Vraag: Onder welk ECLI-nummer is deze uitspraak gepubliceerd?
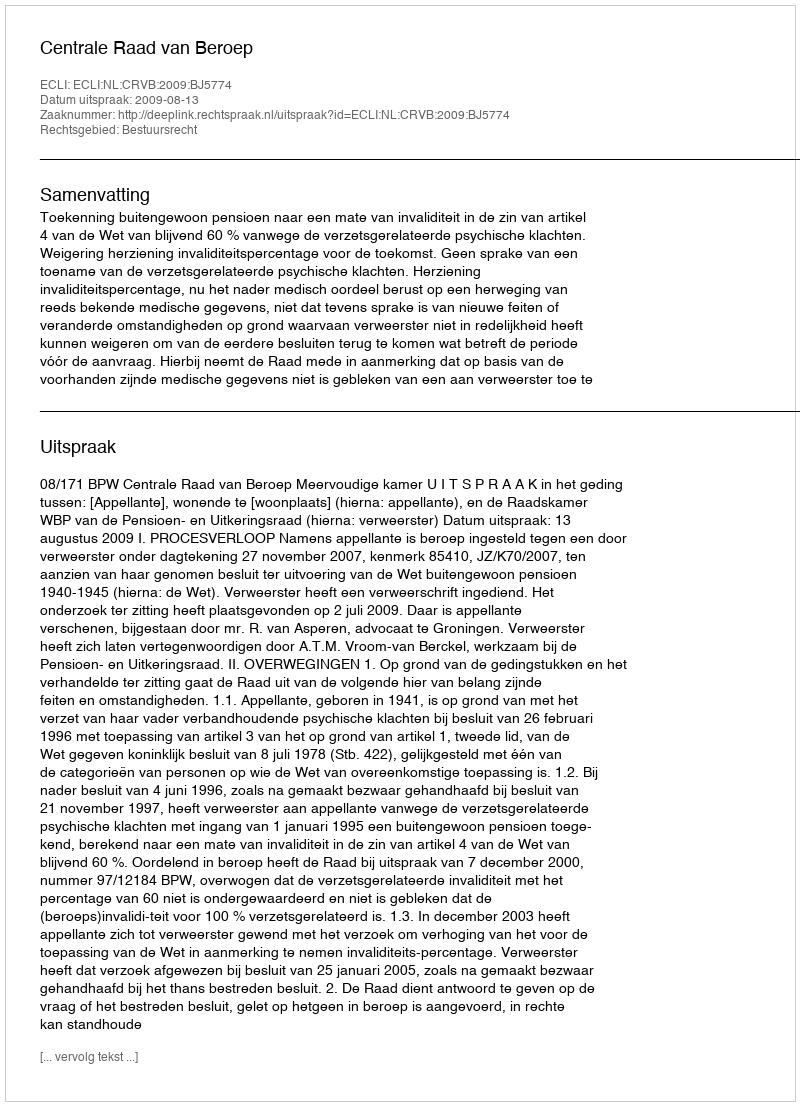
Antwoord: ECLI:NL:CRVB:2009:BJ5774